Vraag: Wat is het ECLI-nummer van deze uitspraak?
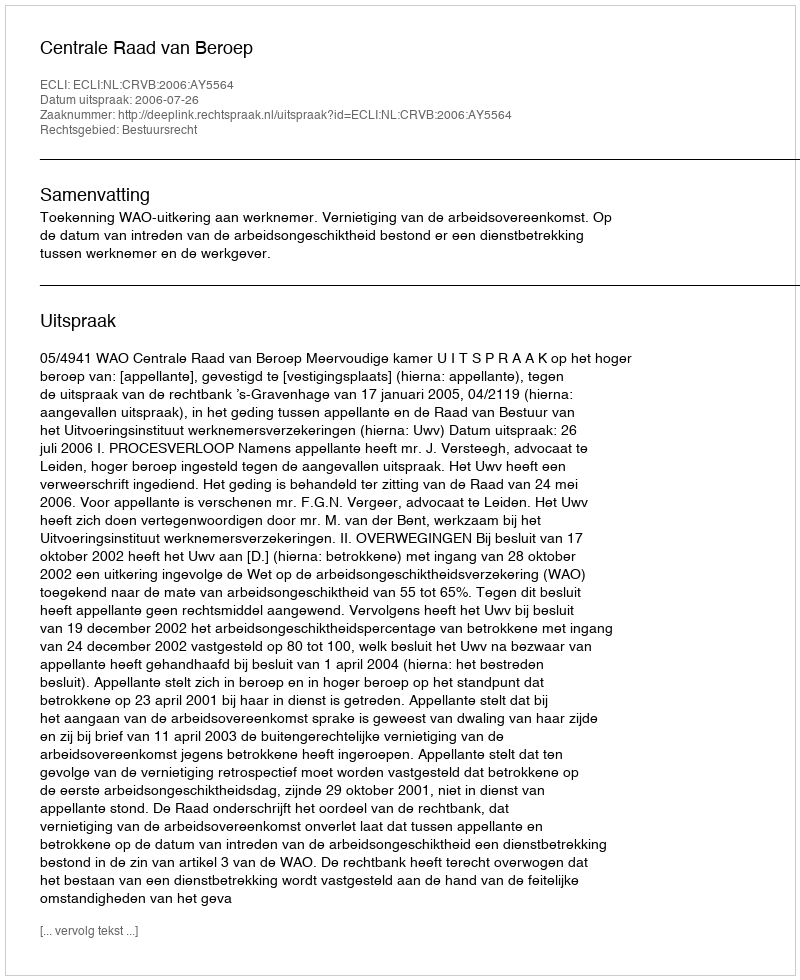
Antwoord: ECLI:NL:CRVB:2006:AY5564